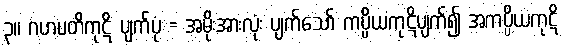
၃။ ဂဟပတိကုဋိ ပျက်ပုံ = အမိုးအားလုံး ပျက်သော် ကပ္ပိယကုဋိပျက်၍ အကပ္ပိယကုဋိ